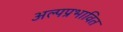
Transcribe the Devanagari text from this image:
अल्पप्रभावित